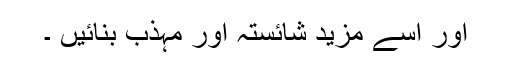
اور اسے مزید شائستہ اور مہذب بنائیں ۔